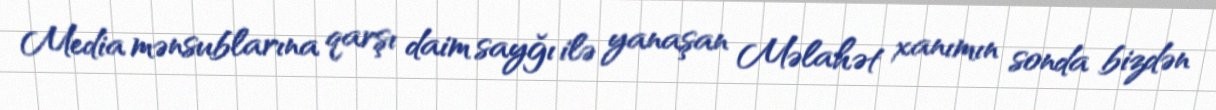
Media mənsublarına qarşı daim sayğı ilə yanaşan Məlahət xanımın sonda bizdən